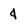
Character: 4